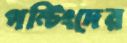
পন্টিংদের